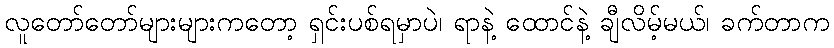
လူတော်တော်များများကတော့ ရှင်းပစ်ရမှာပဲ၊ ရာနဲ့ ထောင်နဲ့ ချီလိမ့်မယ်၊ ခက်တာက